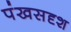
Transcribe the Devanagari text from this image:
पंखसदृश